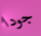
جودا